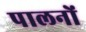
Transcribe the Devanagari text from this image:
पालनों